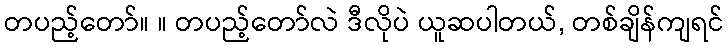
တပည့်တော်။ ။ တပည့်တော်လဲ ဒီလိုပဲ ယူဆပါတယ်, တစ်ချိန်ကျရင်